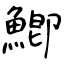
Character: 鯽